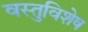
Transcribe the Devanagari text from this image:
वस्तुविशेष